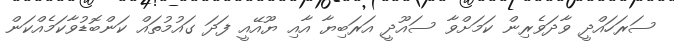
ސަރަހައްދީ ވާދަވެރިން ކަމަށްވާ ސައޫދީ އަރަބިޔާ އާއި ޔޫއޭއީ ފަދަ ގައުމުތައް ކަންބޮޑުވާކަމެއްކަން